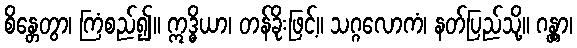
စိန္တေတွာ၊ ကြံစည်၍။ ဣဒ္ဓိယာ၊ တန်ခိုးဖြင့်။ သဂ္ဂလောကံ၊ နတ်ပြည်သို့။ ဂန္တွာ၊